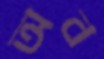
অব